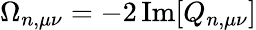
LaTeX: \Omega_{n,\mu\nu}=-2\operatorname{Im}[Q_{n,\mu\nu}]